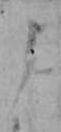
よ